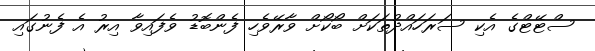
ސްޓޭޓްގެ އެކި ސަރަހައްދުތަކަށް ބޯކޯށް ވާރޭވެހި ފެންބޮޑު ވެފައިވާ އިރު އެ ފެނުގައި